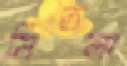
মিতলা